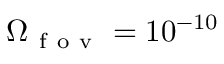
\Omega _ { \mathrm { ~ f ~ o ~ v ~ } } = 1 0 ^ { - 1 0 }